Account of plague administration in the Bombay Presidency from September 1896 till May 1897
Year: 1896
Disease focus: Plague
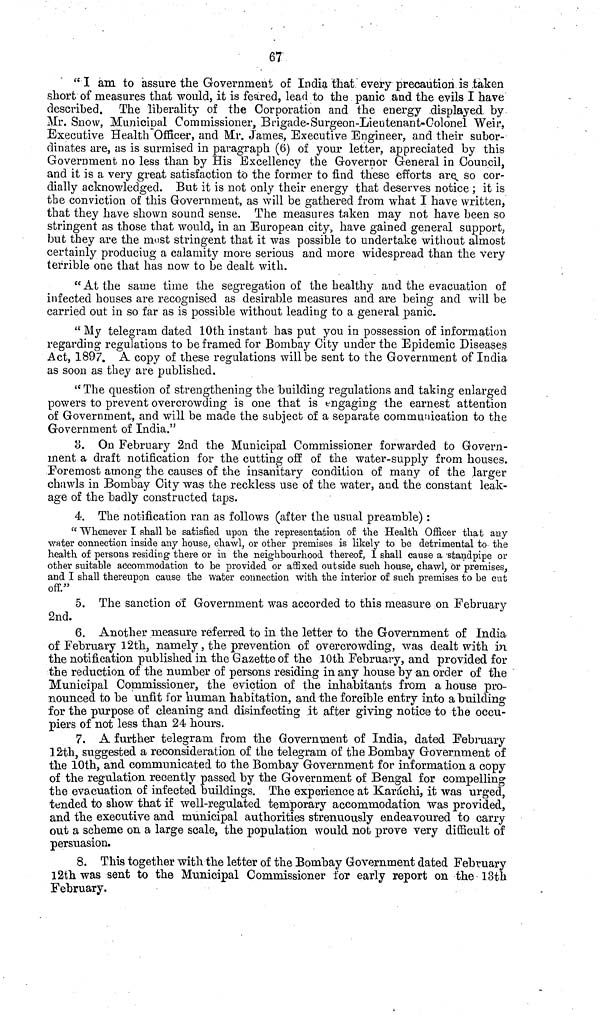
67
"I am to assure the Government of India that every precaution is taken
short of measures that would, it is feared, lead to the panic and the evils I have
described. The liberality of the Corporation and the energy displayed, by
Mr. Snow, Municipal Commissioner, Brigade-Surgeon-Lieutenant-Oolonel Weir,
Executive Health Officer, and Mr. James, Executive Engineer, and their subor-
dinates are, as is surmised in paragraph (6) of your letter, appreciated by this
Government no less than by His Excellency the Governor General in Council,
and it is a very great satisfaction to the former to find these efforts are so cor-
dially acknowledged. But it is not only their energy that deserves notice ; it is
the conviction of this Government, as will be gathered from what I have written,
that they have shown sound sense. The measures taken may not have been so
stringent as those that would, in an European city, have gained general support,
but they are the most stringent that it was possible to undertake without almost
certainly producing a calamity more serious and more widespread than the very
terrible one that has now to be dealt with.
"At the same time the segregation of the healthy and the evacuation of
infected houses are recognised as desirable measures and are being and will be
carried out in so far as is possible without leading to a general panic.
"My telegram dated 10th instant has put you in possession of information
regarding regulations to be framed for Bombay City under the Epidemic Diseases
Act, 1897. A copy of these regulations will be sent to the Government of India
as soon as they are published.
"The question of strengthening the "building regulations and taking enlarged
powers to prevent overcrowding is one that is engaging the earnest attention
of Government, and will be made the subject of a separate communication to the
Government of India."
8. On February 2nd the Municipal Commissioner forwarded to Govern-
ment a draft notification for the cutting off of the water-supply from houses.
Foremost among the causes of the insanitary condition of many of the larger
chawls in Bombay City was the reckless use of the water, and the constant leak-
age of the badly constructed taps.
4. The notification ran as follows (after the usual preamble) :
"Whenever I shall be satisfied upon the representation of the Health Officer that any
water connection inside any house, chawl, or other premises is likely to be detrimental to the
health of persons residing there or in the neighbourhood thereof, I shall cause a standpipe or
other suitable accommodation to be provided or affixed outside such house, chawl, or premises,
and I shall thereupon cause the water connection with the interior of such premises to be cut
off."
5. The sanction of Government was accorded to this measure on February
2nd.
6. Another .measure referred to in the letter to the Government of India
of February 12th, namely, the prevention of overcrowding, was dealt with in
the notification published in the Gazette of the 10th February, and provided for
the reduction of the number of persons residing in any house by an order of the
Municipal Commissioner, the eviction of the inhabitants from a house pro-
nounced to be unfit for human habitation, and the forcible entry into a building
for the purpose of cleaning and disinfecting it after giving notice to the occu-
piers of not less than 24 hours.
7. A further telegram from the Government of India, dated February
12th, suggested a reconsideration of the telegram of the Bombay Government of
the 10th, and communicated to the Bombay Government for information a copy
of the regulation recently passed by the Government of Bengal for compelling
the evacuation of infected buildings. The experience at Karáchi, it was urged,
tended to show that if well-regulated temporary accommodation was provided,
and the executive and municipal authorities strenuously endeavoured to carry
out a scheme on a large scale, the population would not prove very difficult of
persuasion.
8. This together with the letter of the Bombay Government dated February
12th was sent to the Municipal Commissioner for early report on the 13th
Fehruary.